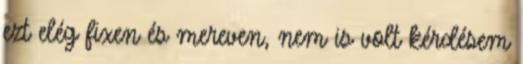
ezt elég fixen és mereven, nem is volt kérdésem